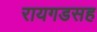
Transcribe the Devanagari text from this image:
रायगडसह